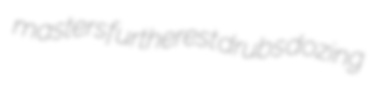
masters furtherest drubs dozing